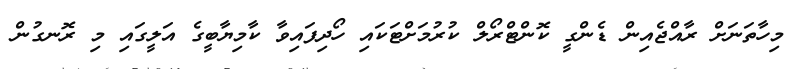
މިހާތަނަށް ރާއްޖެއިން ޑެންގީ ކޮންޓްރޯލް ކުރުމަށްޓަކައި ހޯދިފައިވާ ކާމިޔާބީގެ އަލީގައި މި ރޮނގުން